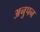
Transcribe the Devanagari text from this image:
अनुपन